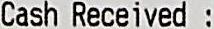
CASH RECEIVED :